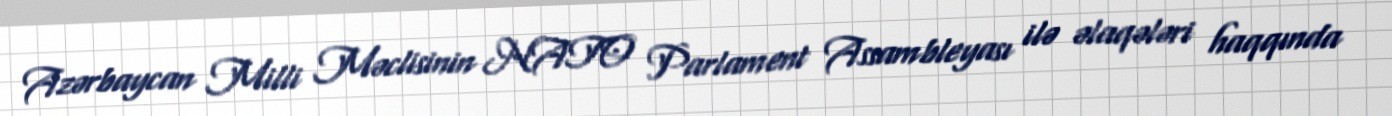
Azərbaycan Milli Məclisinin NATO Parlament Assambleyası ilə əlaqələri haqqında